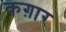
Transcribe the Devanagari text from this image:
कग़ार